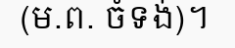
(ម.ព. ចំទង់)។